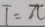
T = \pi